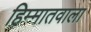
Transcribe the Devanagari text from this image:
हिम्मातवाला